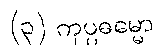
(၃) ကုပ္ပဓမ္မော